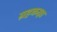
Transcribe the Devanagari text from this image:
ग्रहकक्षा